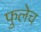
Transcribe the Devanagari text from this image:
फुलेच